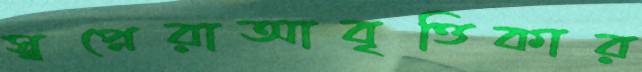
স্বপ্নেরাআবৃত্তিকার